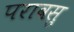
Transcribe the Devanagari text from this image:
परावसु